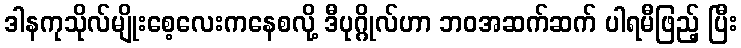
ဒါနကုသိုလ်မျိုးစေ့လေးကနေစလို့ ဒီပုဂ္ဂိုလ်ဟာ ဘဝအဆက်ဆက် ပါရမီဖြည့် ပြီး